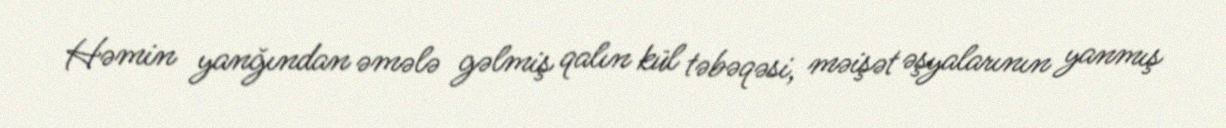
Həmin yanğından əmələ gəlmiş qalın kül təbəqəsi, məişət əşyalarının yanmış